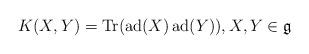
LaTeX: \begin{align*}K(X, Y) = {\operatorname{Tr}}(\operatorname{ad}(X) \operatorname{ad}(Y)), X, Y \in \mathfrak{g}\end{align*}